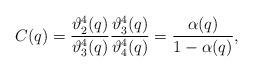
LaTeX: \begin{align*} C(q) =\frac{\vartheta_2^4(q)}{\vartheta_3^4(q)}\frac{\vartheta_3^4(q)}{\vartheta_4^4(q)}=\frac{\alpha(q)}{1-\alpha(q)},\end{align*}